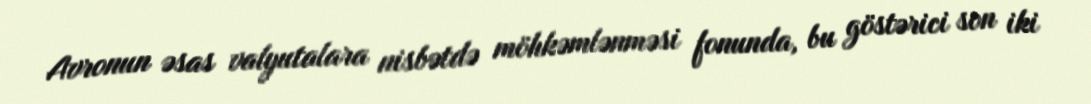
Avronun əsas valyutalara nisbətdə möhkəmlənməsi fonunda, bu göstərici son iki